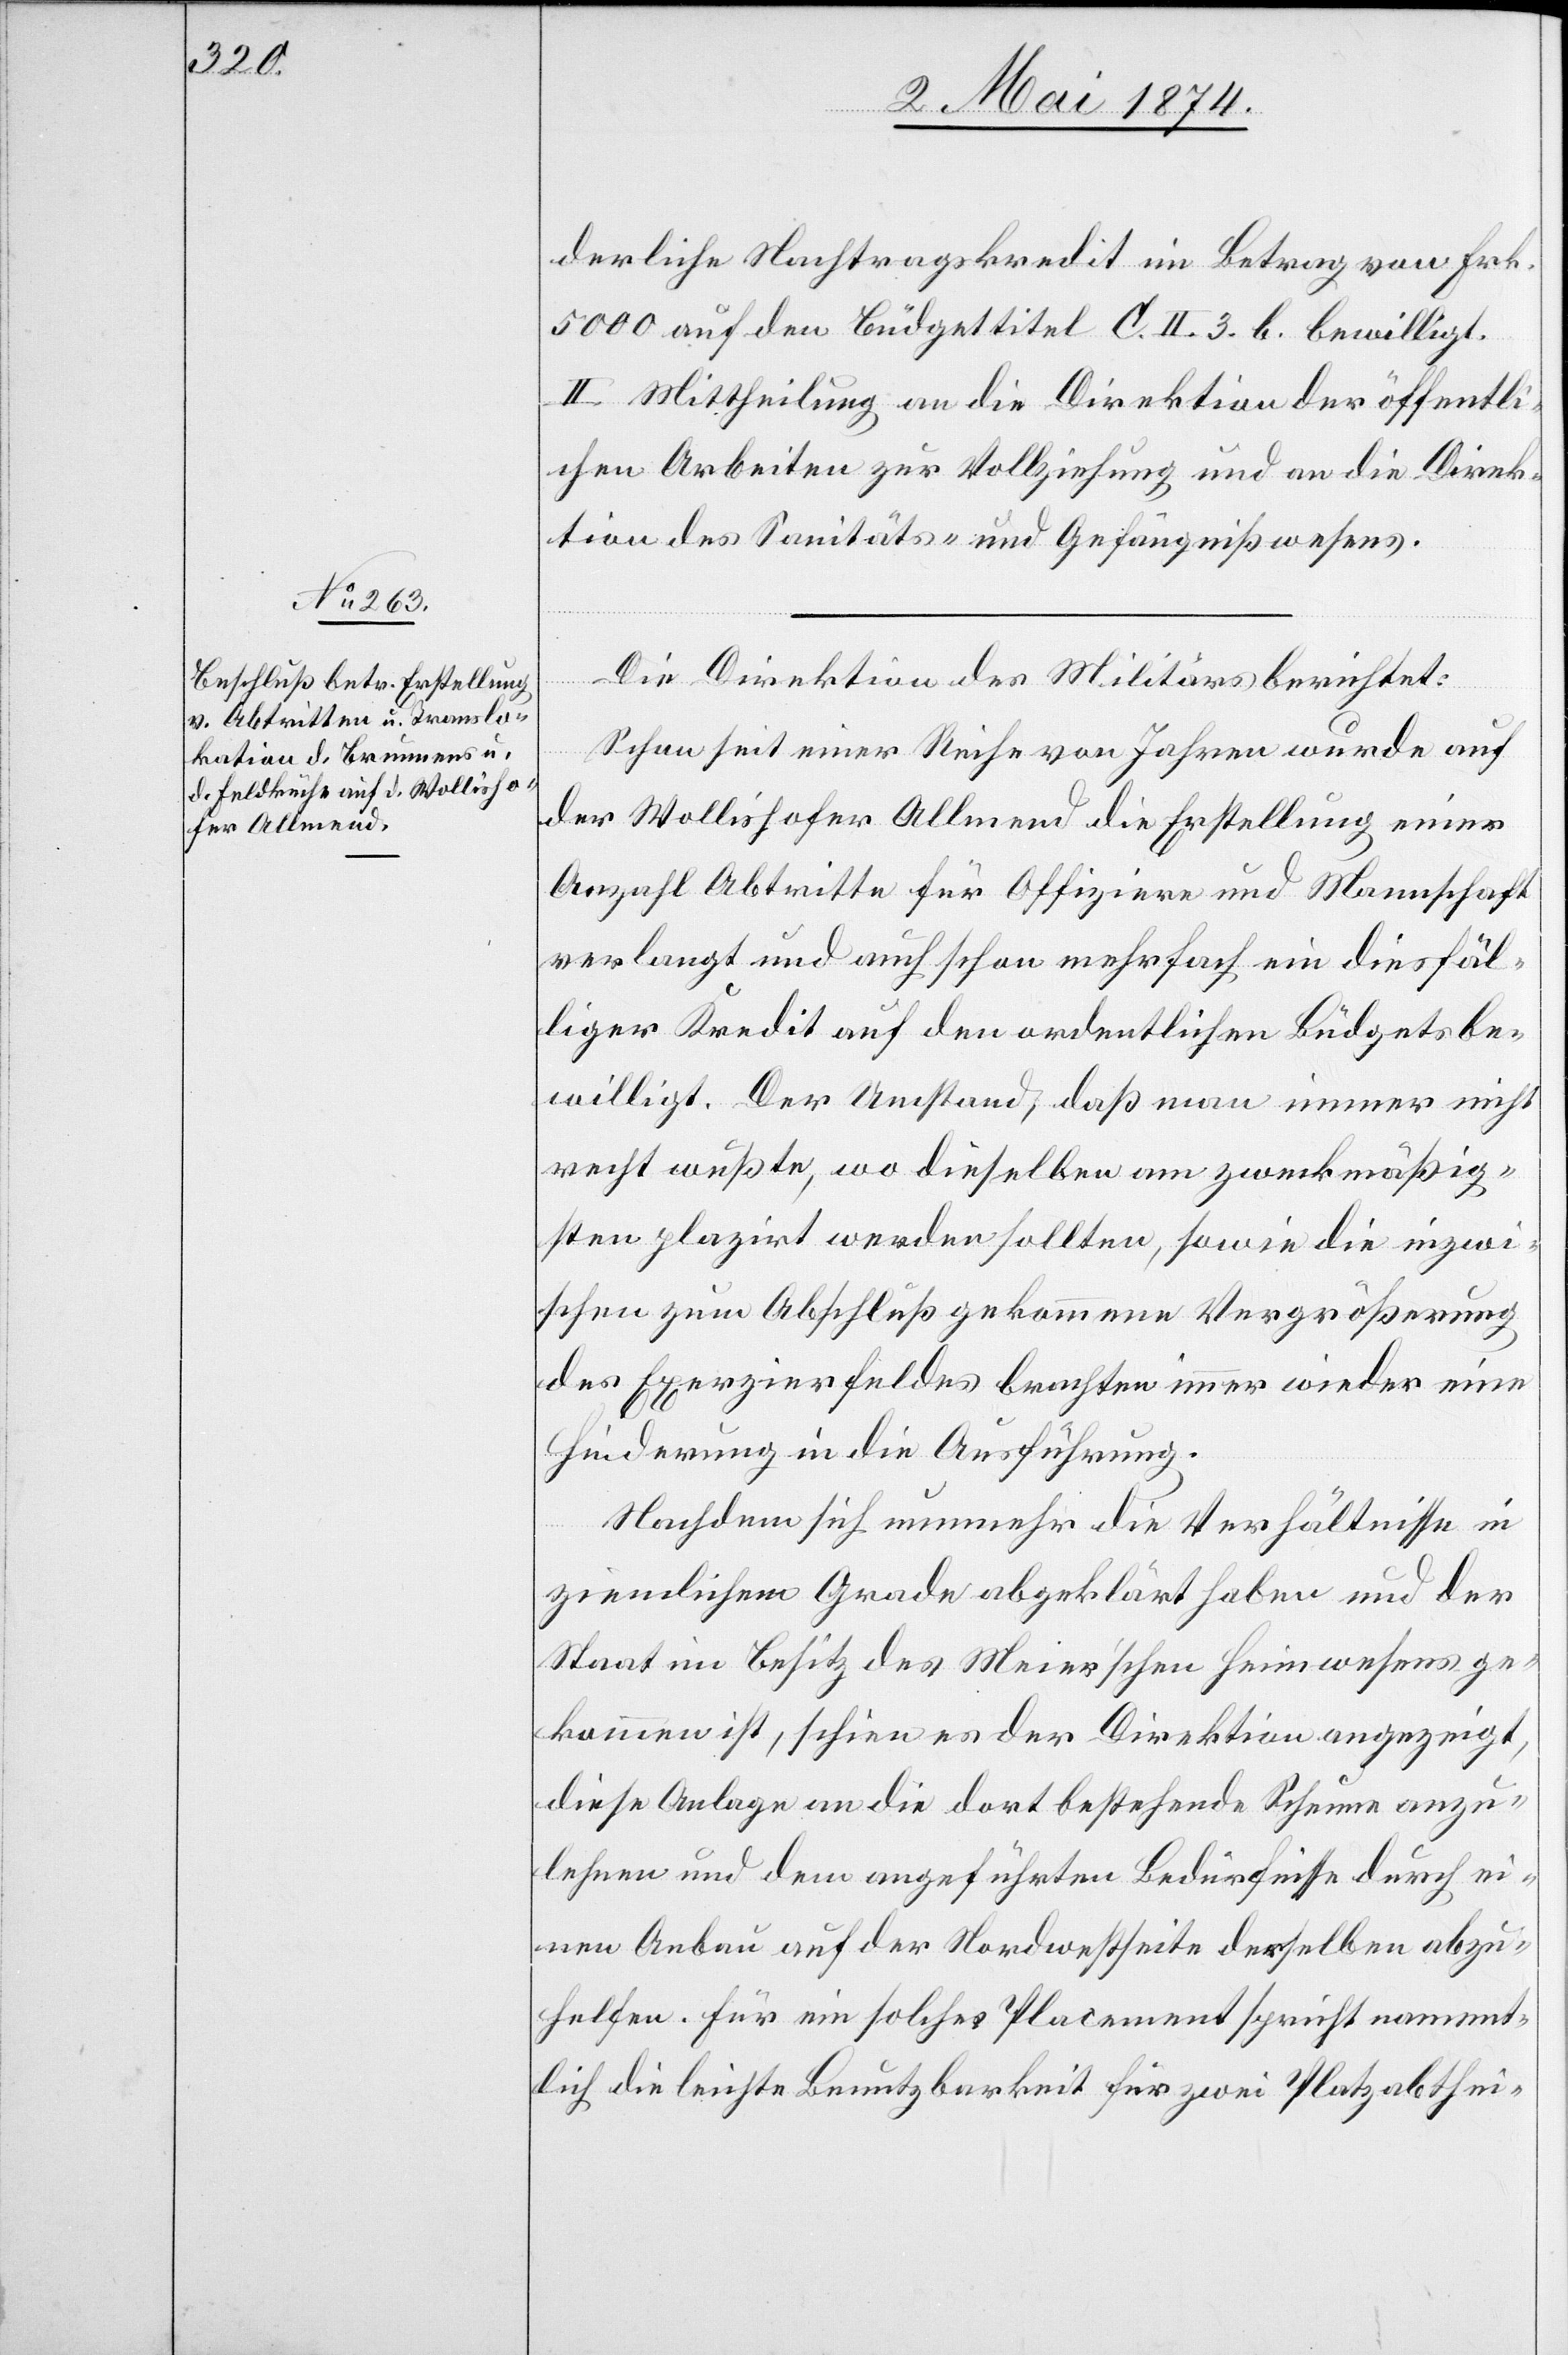
derliche Nachtragskredit im Betrag von Frk.
5000 auf den Büdgettitel C. II. 3. b. bewilligt.
II. Mittheilung an die Direktion der öffentli¬
chen Arbeiten zur Vollziehung und an die Direk¬
tion des Sanitäts- und Gefängnißwesens.
Die Direktion des Militärs berichtet:
Schon seit einer Reihe von Jahren wurde auf
der Wollishofer Allmend die Erstellung einer
Anzahl Abtritte für Offiziere und Mannschaft
verlangt und auch schon mehrfach ein diesfäl¬
liger Kredit auf den ordentlichen Büdgets be¬
willigt. Der Umstand, daß man immer nicht
recht wußte wo dieselben am zweckmäßig¬
sten plazirt werden sollten, sowie die inzwi¬
schen zum Abschluß gekommene Vergrößerung
des Exerzierfeldes brachten immer wieder eine
Hinderung in die Ausführung.
Nachdem sich nunmehr die Verhältnisse in
ziemlichem Grade abgeklärt haben und der
Staat im Besitz des Meier’schen Heimwesens ge¬
kommen ist, schien es der Direktion angezeigt,
diese Anlage an die dort bestehende Scheune anzu¬
lehnen und dem angeführten Bedürfnisse durch ei¬
nen Anbau auf der Nordwestseite derselben abzu¬
helfen. Für ein solches Placement spricht nament¬
lich die leichte Benutzbarkeit für zwei Platzabthei-